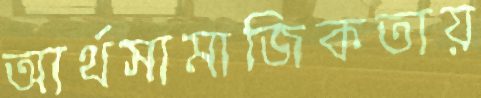
আর্থসামাজিকতায়